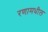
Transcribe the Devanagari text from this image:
रणामधील